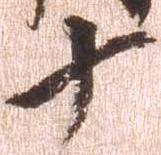
十